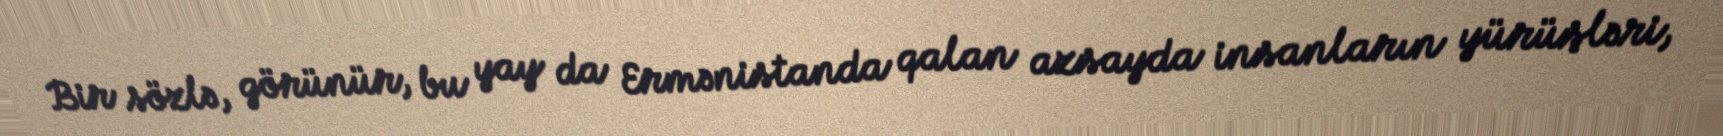
Bir sözlə, görünür, bu yay da Ermənistanda qalan azsayda insanların yürüşləri,